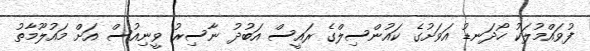
ފުވައްމުލަކު ހޯދަނޑު އަވަށުގެ ކައުންސިލްގެ ރައީސް އަބުދު ނާސިރު ވީނިއުސް އަށް މައުލޫމާތު